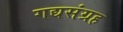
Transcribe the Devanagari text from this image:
गद्यसंग्रह